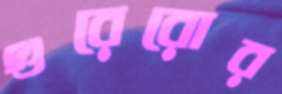
গুরেরোর